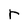
Character: r